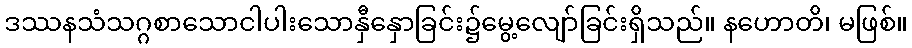
ဒဿနသံသဂ္ဂစာသောငါပါးသောနှီနှောခြင်း၌မွေ့လျော်ခြင်းရှိသည်။ နဟောတိ၊ မဖြစ်။